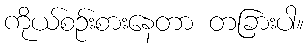
ကိုယ်စဉ်းစားနေတာ တခြားပါ။